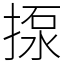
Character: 揼